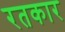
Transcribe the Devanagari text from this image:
रतकार